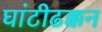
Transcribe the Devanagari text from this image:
घांटीढक्कन